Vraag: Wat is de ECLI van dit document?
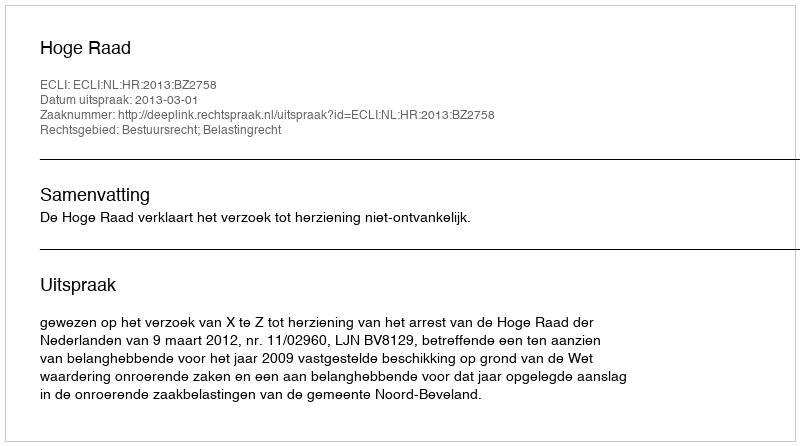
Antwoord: ECLI:NL:HR:2013:BZ2758